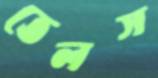
তেলস